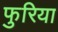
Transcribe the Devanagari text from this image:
फुरिया